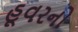
હૂવરનો